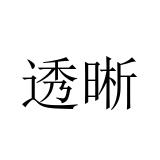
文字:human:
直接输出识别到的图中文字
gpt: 透晰